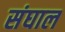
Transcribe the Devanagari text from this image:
संघाल